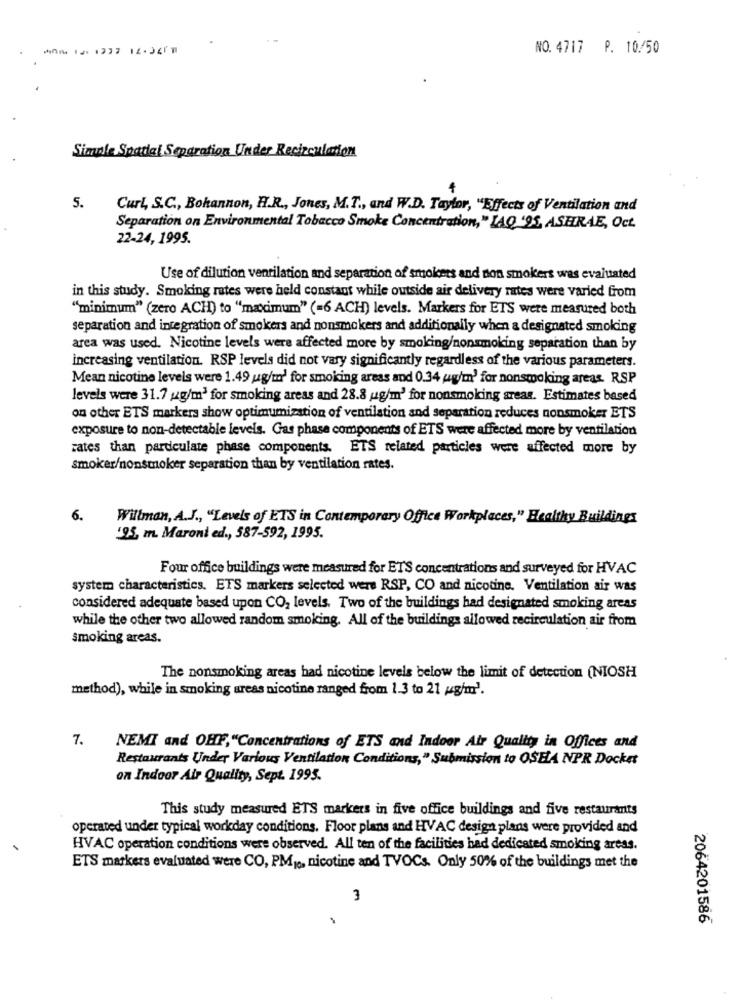
--- 12- 1237 12-3478
NO. 4717 P. 10/50
Simple Spatial Separation Under Recirculation
5.
Curl, S.C ., Bohannon, H.R ., Jones, M.T ., and W.D. Taylor, "Effects of Ventilation and
Separation on Environmental Tobacco Smoke Concentration," LAQ '95, ASHRAE, Oct.
22-24, 1995.
Use of dilution ventilation and separation of smokees and non smokers was evaluated
in this study. Smoking rates were held constant while outside air delivery rates were varied from
"minimum" (zero ACH) to "maximum" (=6 ACH) levels. Markers for ETS were measured both
separation and integration of smokers and nonsmokers and additionally when a designated smoking
area was used. Nicotine levels were affected more by smoking/nonsmoking separation than by
increasing ventilation. RSP levels did not vary significantly regardless of the various parameters.
Mean nicotine levels were 1.49 ug/m' for smoking areas and 0.34 ug/m' for nonsmoking areas. RSP
levels were 31.7 g/m3 for smoking areas and 28.8 ug/m' for nonsmoking areas. Estimates based
on other ETS markers show optimumization of ventilation and separation reduces nonsmoker ETS
exposure to non-detectable levels. Gas phase components of ETS were affected more by ventilation
rates than particulate phase components. ETS related particles were affected more by
smoker/nonsmoker separation than by ventilation rates.
6.
Willman, A.J ., "Levels of ETS in Contemporary Office Workplaces," Healthy Buildings
'95, m. Maroni ed ., 587-592, 1995.
Four office buildings were measured for ETS concentrations and surveyed for HVAC
system characteristics. ETS markers selected were RSP, CO and nicotine. Ventilation air was
considered adequate based upon CO2 levels. Two of the buildings had designated smoking areas
while the other two allowed random smoking. All of the buildings allowed recirculation air from
smoking areas.
The nonsmoking areas had nicotine levels below the limit of detection (NIOSH
method), while in smoking areas nicotine ranged from 1.3 to 21 g/m'.
7.
NEMI and OHF,"Concentrations of ETS and Indoor Air Quality in Offices and
Restaurants Under Various Ventilation Conditions," Submission to OSELA NPR Docket
on Indoor Air Quality, Sept. 1995.
This study measured ETS markers in five office buildings and five restaurants
operated under typical workday conditions. Floor plans and HVAC design plans were provided and
HVAC operation conditions were observed. All ten of the facilities had dedicated smoking areas.
ETS markers evaluated were CO, PMyo, nicotine and TVOCs. Only 50% of the buildings met the
3
2064201586